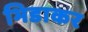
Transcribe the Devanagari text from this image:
भिडाकर